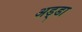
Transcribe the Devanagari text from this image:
अड्‍डा